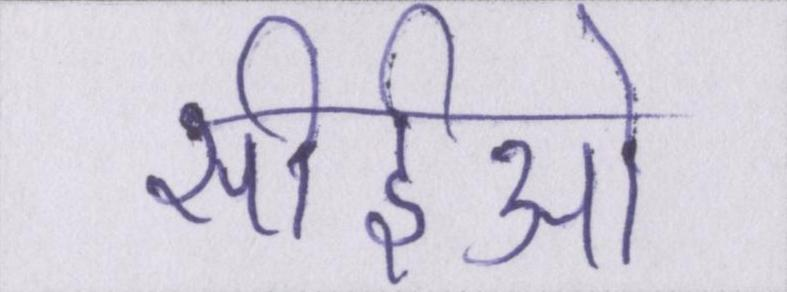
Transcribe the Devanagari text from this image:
सीईओ